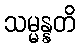
သမ္မန္နတိ